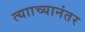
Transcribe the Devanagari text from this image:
त्यााच्यानंतर